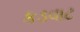
કડવાટ